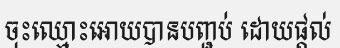
ចុះឈ្មោះអោយបានបញ្ជប់ ដោយផ្តល់